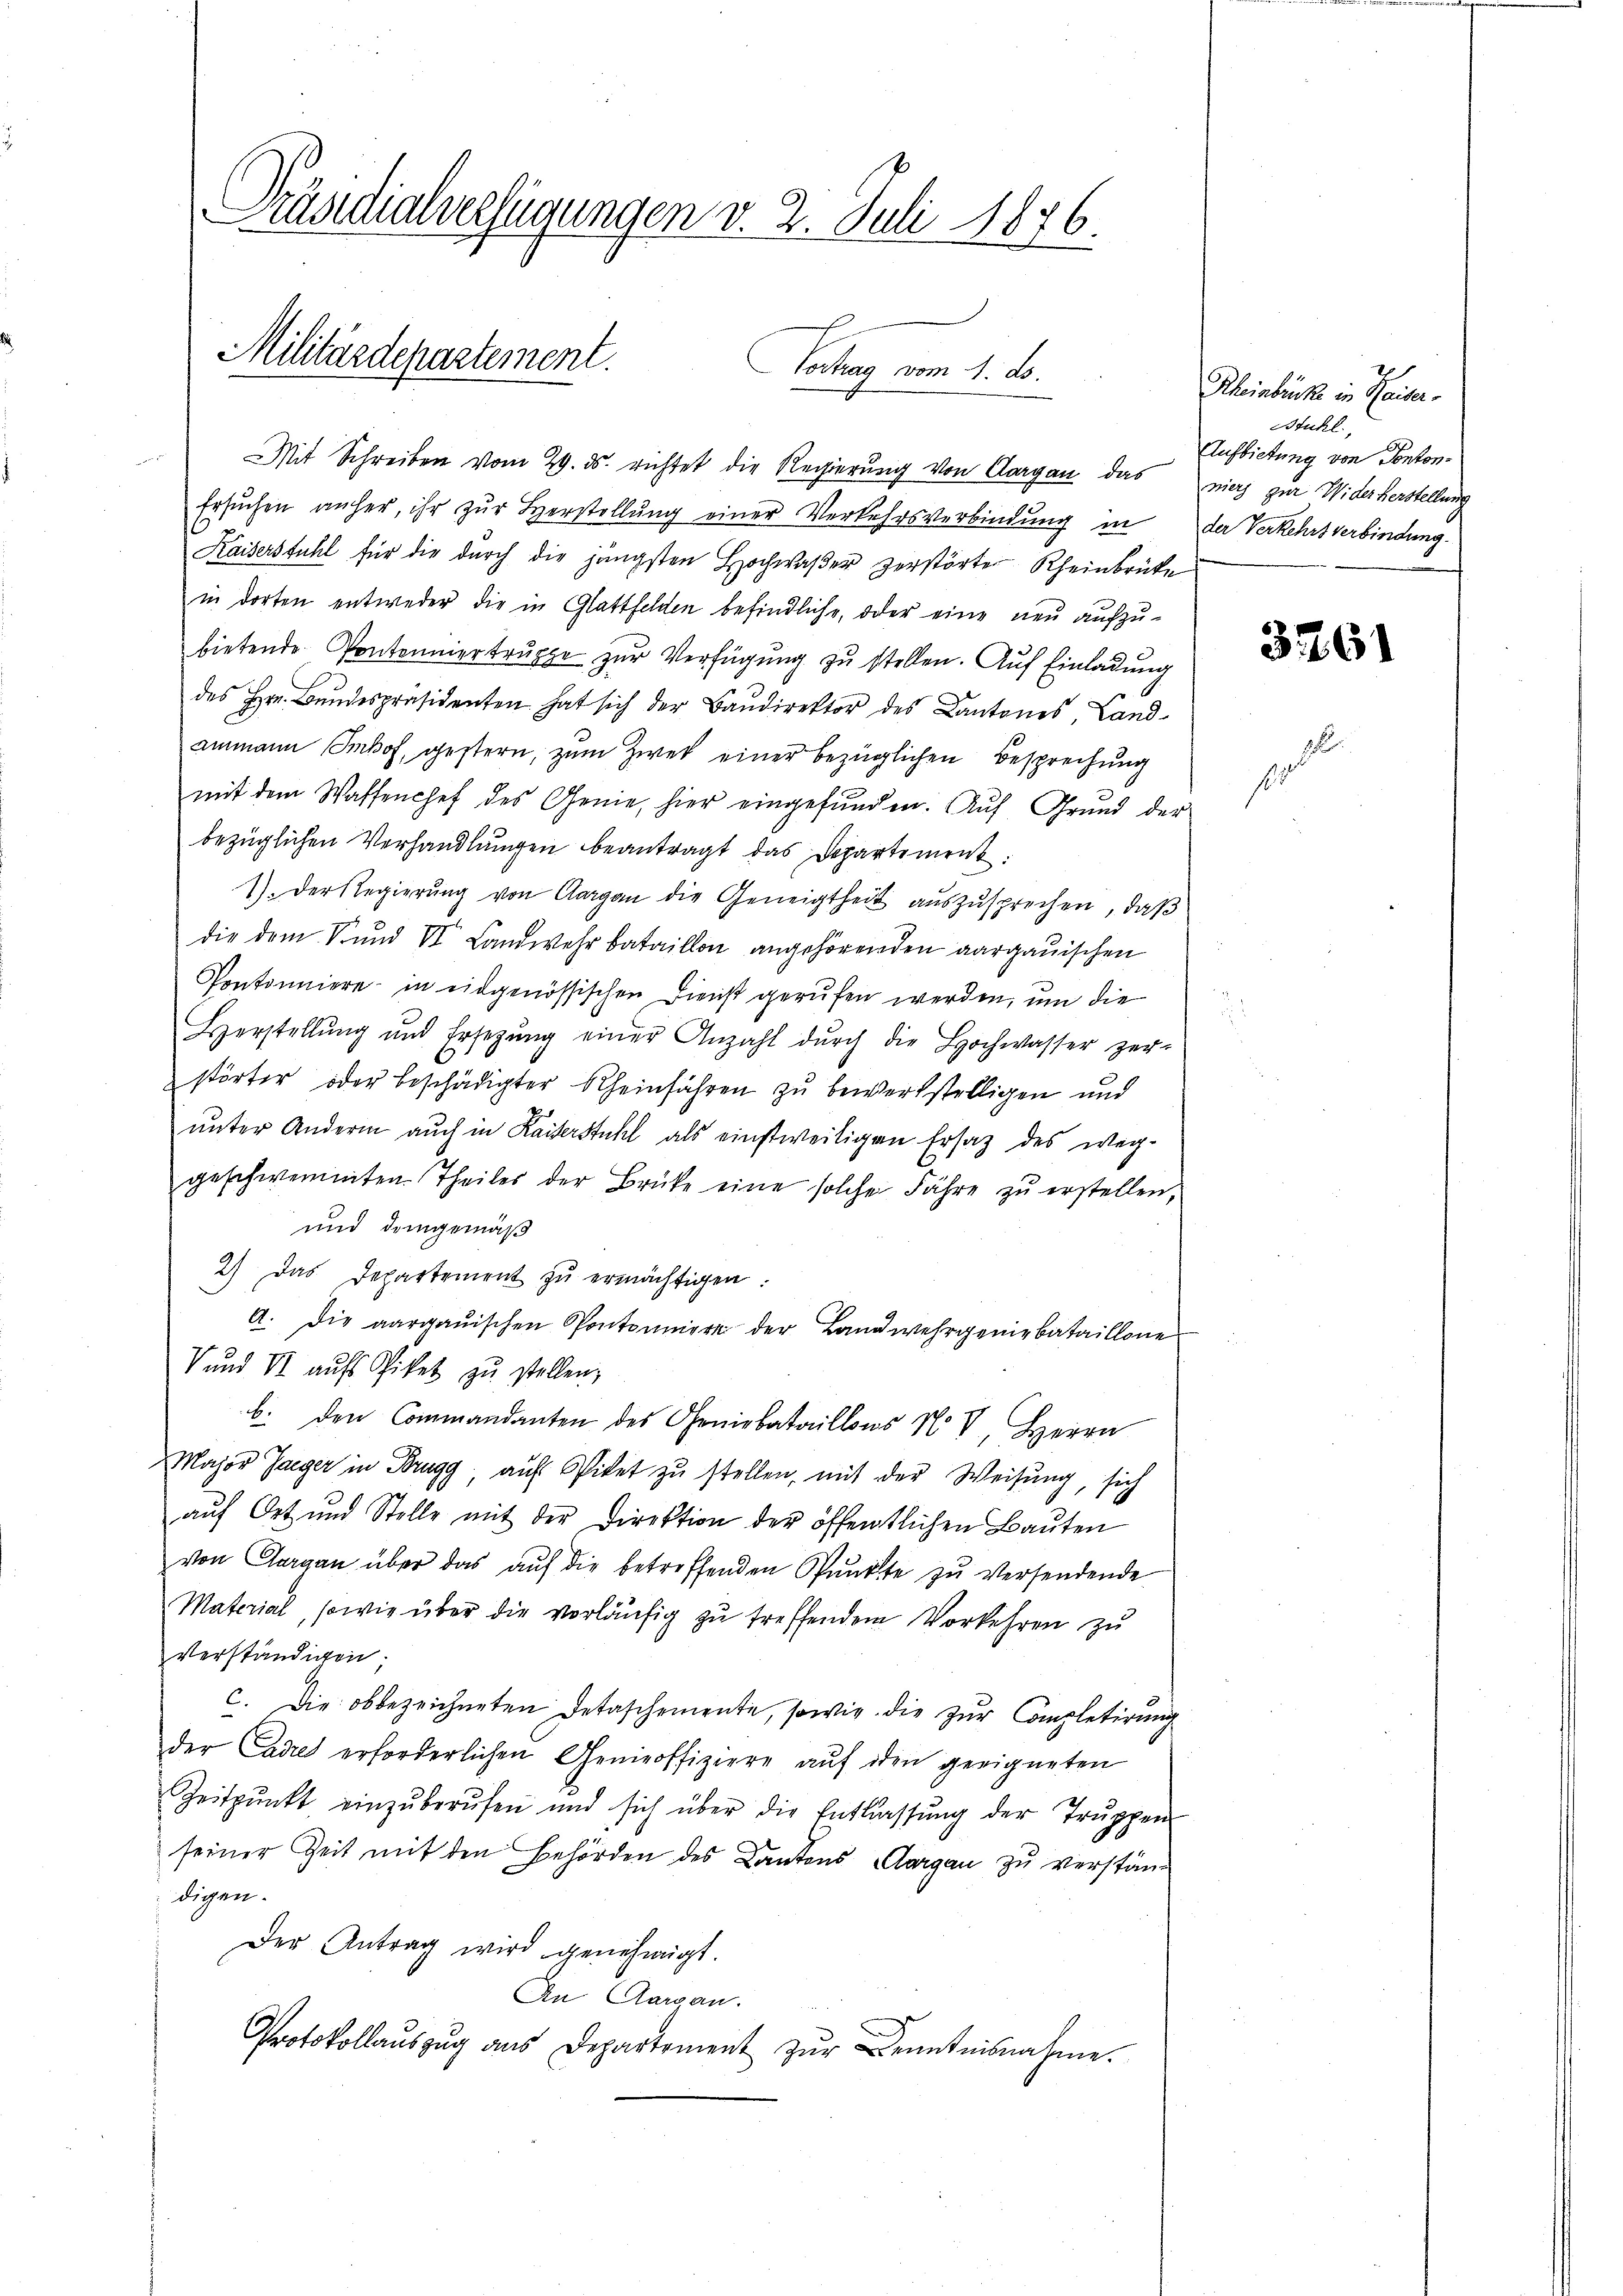
Präsidialverfügungen v. 2. Juli 1876.
Militärdepartement.

Mit Schreiben vom 29. ds. richtet die Regierung von Aargau das nie zur Widerkerstellung
Ersŭchen anher, ihr zŭr Herstellŭng einer Verkehrsverbindŭng in de Verkehrt verbindung.
Kaiserstuhl für die durch die jüngsten Hochwaßer zerstörte Rheinbrücke
in dorten entweder die in Glattfelden befindliche, oder eine neu aufzu¬
3 x
bietende Pontonniertruppe zur Verfügung zu stellen. Auf Einladung
des Hrn. Bundespräsidenten hat sich der Baŭdirektor des Cantones, Land-
ammann Imhof, gestern, zum Zwek einer bezüglichen Besprechung
mit dem Waffenchef des Genie, hier eingefunden. Auf Grund der
bezüglichen Verhandlungen beantragt das Departement:
1). Der Regierung von Aargau die Geneigtheit auszusprechen, daß
die dem Bund VI. Landwehr bataillon angehörenden aargauischen
Pontonniere in eidgenössischen Dienst gerufen werden, um die
Herstellŭng und Ersetzŭng einer Anzahl dŭrch die Hochwasser zer-
störter oder beschädigter Rheinführen zu bewerkstelligen und
unter Andern auch in Kaiserstuhl als einstweiligen Ersatz des weg-
geschwemmten Theiles der Brüke eine solche Fähre zŭ erstellen,
und demgemäß
2) Das Departement zŭ ermächtigen:
A. die aargauischen Pontoniere der Landwehrgeniebataillone
V und St aŭfs Piket zŭ stellen,
b. den Commandanten des Geniebataillons No VI. Herrn
Major Jaeger in Brugg, auf Sitet zŭ stellen, mit der Weisung, sich
aŭf Ort und Stelle mit der Direktion der öffentlichen Baŭten
von Aargau über das aŭf die betreffenden Pŭnkte zŭ versendende
Material, sowie über die vorläufig zu treffendem Vorkehren zu
verständigen;
c. Die obbezeichneten Detaschemente, sowie die zur Completirung
der Cadres erforderlichen Genieoffiziere aŭf den geeigneten
Zeitpunkt einzŭberŭfen und sich über die Entlassŭng der Trŭppen
seiner Zeit mit den Behörden des Kantons Aargau zu verständigen.
Der Antrag wird genehmigt.
An Aargau.
Protokollaŭszŭg ans Departement zŭr Kenntnisnahme.

Vortrag vom 1. ds.

Rheinbrücke in Kaiser-
Stuhl.
Aufbietung von Ponton¬

3261